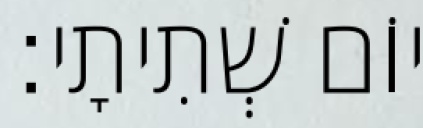
יוֹם שְׁתִיתָי׃